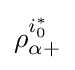
\rho _{\alpha +}^{i_{0}^{\ast }}